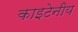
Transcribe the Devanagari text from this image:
काइटेनीय